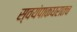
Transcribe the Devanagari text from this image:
स्वयंपाकघरातच